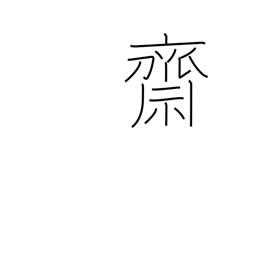
Meaning: religious purification